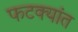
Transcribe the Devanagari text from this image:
फटक्यांत